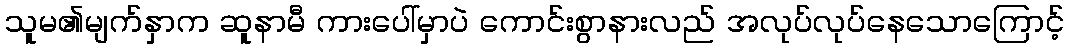
သူမ၏မျက်နှာက ဆူနာမီ ကားပေါ်မှာပဲ ကောင်းစွာနားလည် အလုပ်လုပ်နေသောကြောင့်